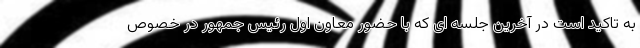
به تاکید است در آخرین جلسه ای که با حضور معاون اول رئیس جمهور در خصوص